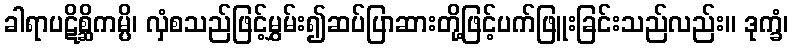
ခါရာပဋိစ္ဆိကမ္ပိ၊ လှံစသည်ဖြင့်မွှမ်း၍ဆပ်ပြာဆားတို့ဖြင့်ပက်ဖြူးခြင်းသည်လည်း။ ဒုက္ခံ၊